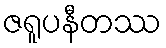
ဇရူပနီတဿ